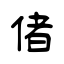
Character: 偖